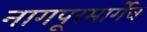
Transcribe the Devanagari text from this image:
नागपूरमार्गेच